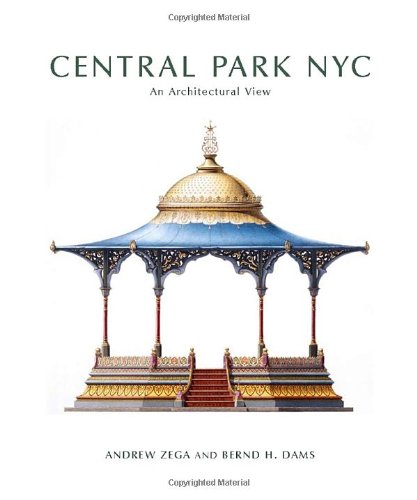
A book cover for Central Park NYC: An Architectural View; Bernd H. Dams; Arts & Photography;